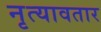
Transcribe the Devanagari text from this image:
नृत्यावतार